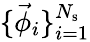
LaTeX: \{ \vec{\phi}_{i}\} _{i=1}^{N_{\mathrm{s}}}